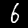
Label: 6